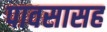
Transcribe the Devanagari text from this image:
पावसासह